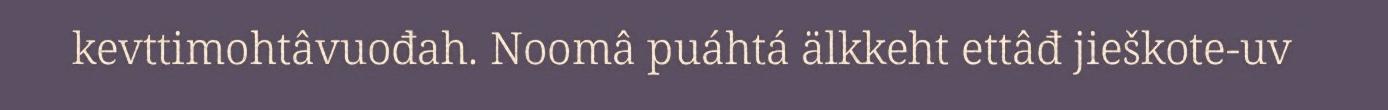
kevttimohtâvuođah. Noomâ puáhtá älkkeht ettâđ jieškote-uv